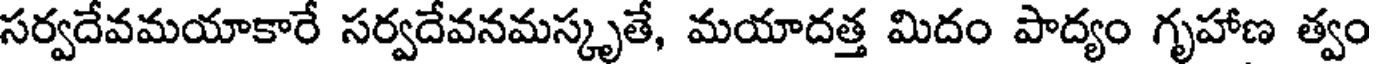
సర్వదేవమయాకారే సర్వదేవనమస్కృతే, మయాదత్త మిదం పాద్యం గృహాణ త్వం